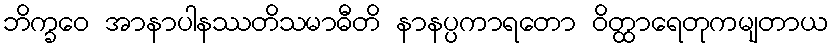
ဘိက္ခဝေ အာနာပါနဿတိသမာဓီတိ နာနပ္ပကာရတော ဝိတ္ထာရေတုကမျတာယ